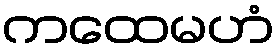
ကထေမဟံ